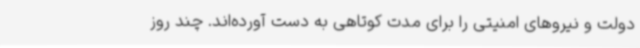
دولت و نیروهای امنیتی را برای مدت کوتاهی به دست آورده‌اند. چند روز